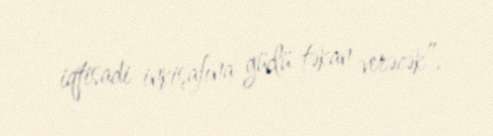
iqtisadi inkişafına güclü təkan verəcək”.